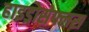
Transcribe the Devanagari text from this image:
हाइड्रोसेफ्लस